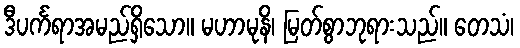
ဒီပင်္ကရာအမည်ရှိသော။ မဟာမုနိ၊ မြတ်စွာဘုရားသည်။ တေသံ၊